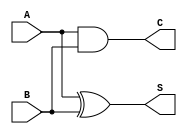
module current_mode_half_adder (
    input wire A,  // First input current signal
    input wire B,  // Second input current signal
    output wire S, // Sum output current signal
    output wire C  // Carry output current signal
);

// Internal signals for Sum and Carry logic
wire A_and_B; // Intermediate signal for AND operation

// Carry output: C = A AND B
assign A_and_B = A & B; // Logical AND for Carry
assign C = A_and_B;     // Carry output

// Sum output: S = A XOR B
assign S = A ^ B;       // Logical XOR for Sum

endmodule